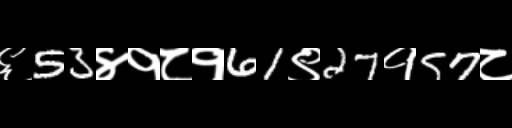
Text: ६53४१८१61९27१57८